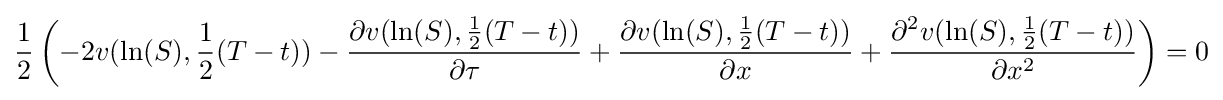
{\frac {1}{2}}\left(-2v(\ln(S),{\frac {1}{2}}(T-t))-{\frac {\partial v(\ln(S),{\frac {1}{2}}(T-t))}{\partial \tau }}+{\frac {\partial v(\ln(S),{\frac {1}{2}}(T-t))}{\partial x}}+{\frac {\partial ^{2}v(\ln(S),{\frac {1}{2}}(T-t))}{\partial x^{2}}}\right)=0